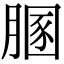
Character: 𦞢